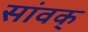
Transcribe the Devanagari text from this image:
सांवक्